Civil Veterinary Dept. Bombay admin report 1932-41 - 1932-1941
Year: 1932
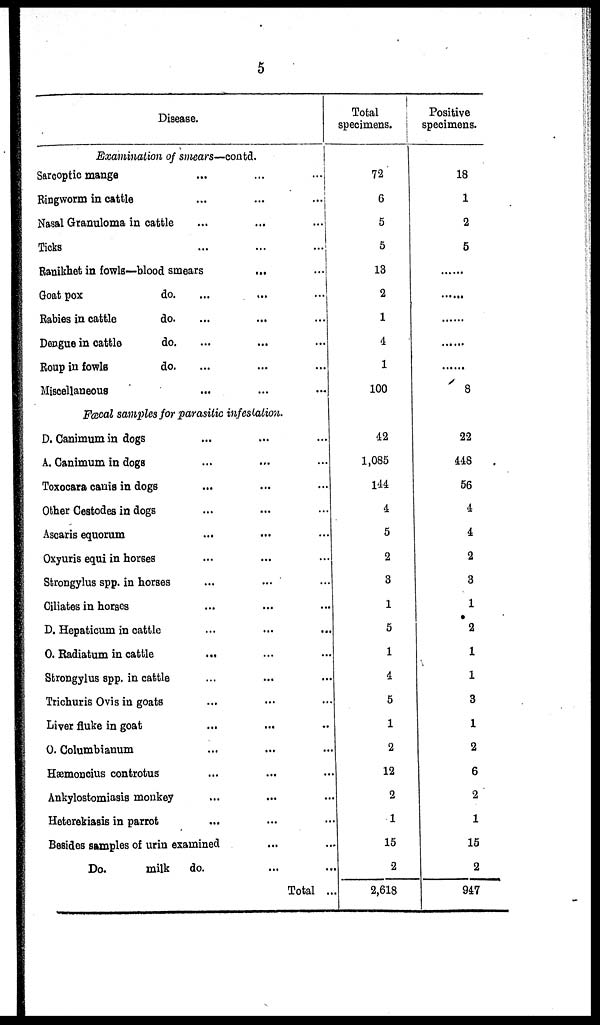
5
Disease.
Examination of smears—contd.
Sarcoptic mange ... ... ...
Ringworm in cattle
...
...
...
Nasal Granuloma in cattle
...
...
...
Ticks
...
...
...
Ranikhet in fowls—blood smears ... ...
Goat pox
do. ... ... ...
Rabies in cattle
do. ... ... ...
Dengue in
cattle
do. ... ... ...
Roup in fowls
do. ... ... ...
Miscellaneous ... ... ...
Fæcal samples for parasitic infestation.
D. Canimum in dogs ... ... ...
A. Canimum in dogs ... ... ...
Toxocara canis in dogs ... ... ...
Other Cestodes in dogs ... ... ...
Ascaris equorum ... ... ...
Oxyuris equi in horses ... ... ...
Strongylus spp. in horses ... ... ...
Ciliates in horses ... ... ...
D. Hepaticum in cattle ... ... ...
O. Radiatum in cattle ... ... ...
Strongylus spp. in cattle ... ... ...
Trichuris Ovis in goats ... ... ...
Liver fluke in goat ... ... ...
O. Columbianum ... ... ...
Hæmoncius controtus ... ... ...
Ankylostomiasis monkey ... ... ...
Heterekiasis in parrot ... ... ...
Besides samples of urin examined ... ...
Do.
milk
do. ... ...
Total ...
Total
specimens.
72
6
5
5
13
2
1
4
1
100
... ...
42
1,085
144
4
5
2
3
1
5
1
4
5
1
2
12
2
1
15
2
2,618
Positive
specimens.
18
1
2
5
... ...
... ...
... ...
... ...
... ...
8
... ...
22
448
56
4
4
2
3
1
2
1
1
3
1
2
6
2
1
15
2
947